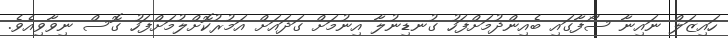
ހައިޒަލް ނައިނާ ސޯފާގައި ބެއިންދުމަށްފަހު ގުނޑިނުލާ އިނުމަށް ގަދައަށް އަމުރުކޮށްލުމަށްފަހު ގޮސް ނިވާވިއެވެ.